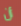
أن